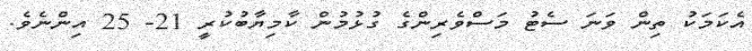
އެކަމަކު ތިން ވަނަ ސެޓު މަސްވެރިންގެ ގުޅުމުން ކާމިޔާބުކުރީ 21- 25 އިންނެވެ.